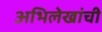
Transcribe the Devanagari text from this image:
अभिलेखांची